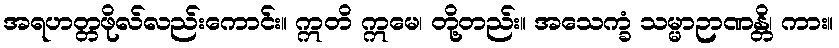
အရဟတ္တဖိုလ်လည်းကောင်း။ ဣတိ ဣမေ၊ တို့တည်း။ အသေက္ခံ သမ္မာဉာဏန္တိ၊ ကား။